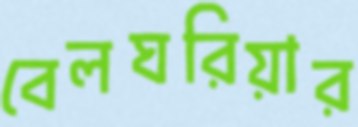
বেলঘরিয়ার